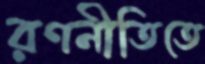
রণনীতিতে